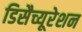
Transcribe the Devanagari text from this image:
डिसैच्यूरेशन